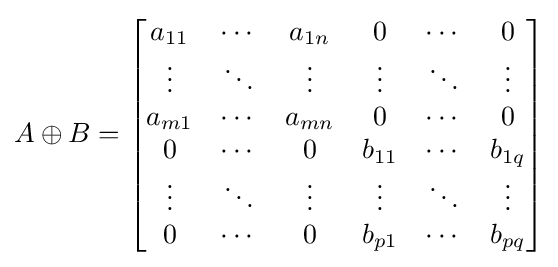
{A}\oplus {B}={\begin{bmatrix}a_{11}&\cdots &a_{1n}&0&\cdots &0\\\vdots &\ddots &\vdots &\vdots &\ddots &\vdots \\a_{m1}&\cdots &a_{mn}&0&\cdots &0\\0&\cdots &0&b_{11}&\cdots &b_{1q}\\\vdots &\ddots &\vdots &\vdots &\ddots &\vdots \\0&\cdots &0&b_{p1}&\cdots &b_{pq}\end{bmatrix}}